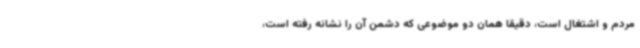
مردم و اشتغال است، دقیقا همان دو موضوعی که دشمن آن را نشانه رفته است،